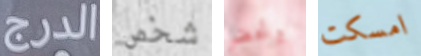
الدرج شخص وتحضر امسكت